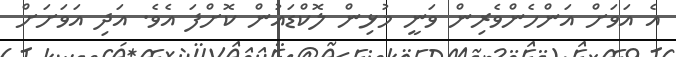
އެ އަވަށް އަންހެންވެރިން ވަނީ މުޅިން ލޮކްޑައުން ކޮށްފަ އެވެ. އަދި އަވަށަށް